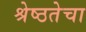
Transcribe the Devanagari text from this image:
श्रेष्ठतेचा